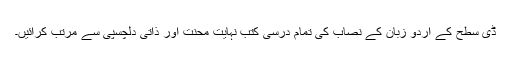
ڈی سطح کے اردو زبان کے نصاب کی تمام درسی کتب نہایت محنت اور ذاتی دلچسپی سے مرتب کرائیں۔